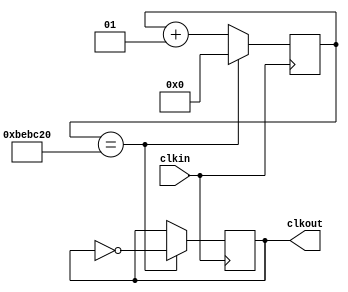
module fdiv_2 (clkin,clkout);
input clkin;
output reg clkout;

integer cont;

initial
   cont=0;
  
always @(posedge clkin)
  begin
	if (cont==12500000)
		begin
			cont<=0;
			clkout<=~clkout;
		end
		else
		begin
			cont<=cont+1;
			clkout<=clkout;
		end
   end
endmodule